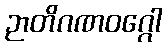
ဉာတိဂဏဝဂ္ဂေါ